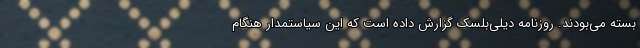
بسته می‌بودند. روزنامه دیلی‌بلسک گزارش داده است که این سیاستمدار هنگام